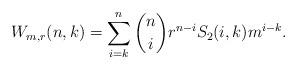
LaTeX: \begin{align*}W_{m,r}(n,k) = \sum_{i=k}^n {n \choose i} r^{n-i} S_2(i,k) m^{i-k}.\end{align*}